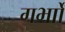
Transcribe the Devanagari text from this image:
गर्भाों